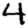
Digit: 4